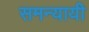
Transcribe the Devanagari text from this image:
समन्यायी